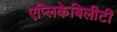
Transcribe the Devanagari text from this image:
एप्लिकेबिलीटी